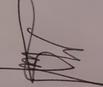
Signature authenticity: genuine